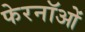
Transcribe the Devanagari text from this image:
फेरनॉओं